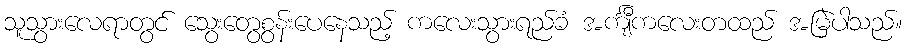
သူသွားလေရာတွင် သွေးတွေစွန်းပေနေသည့် ကလေးသွားရည်ခံ အင်္ကျီကလေးတထည် အမြဲပါသည်။